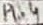
Text: P1.4